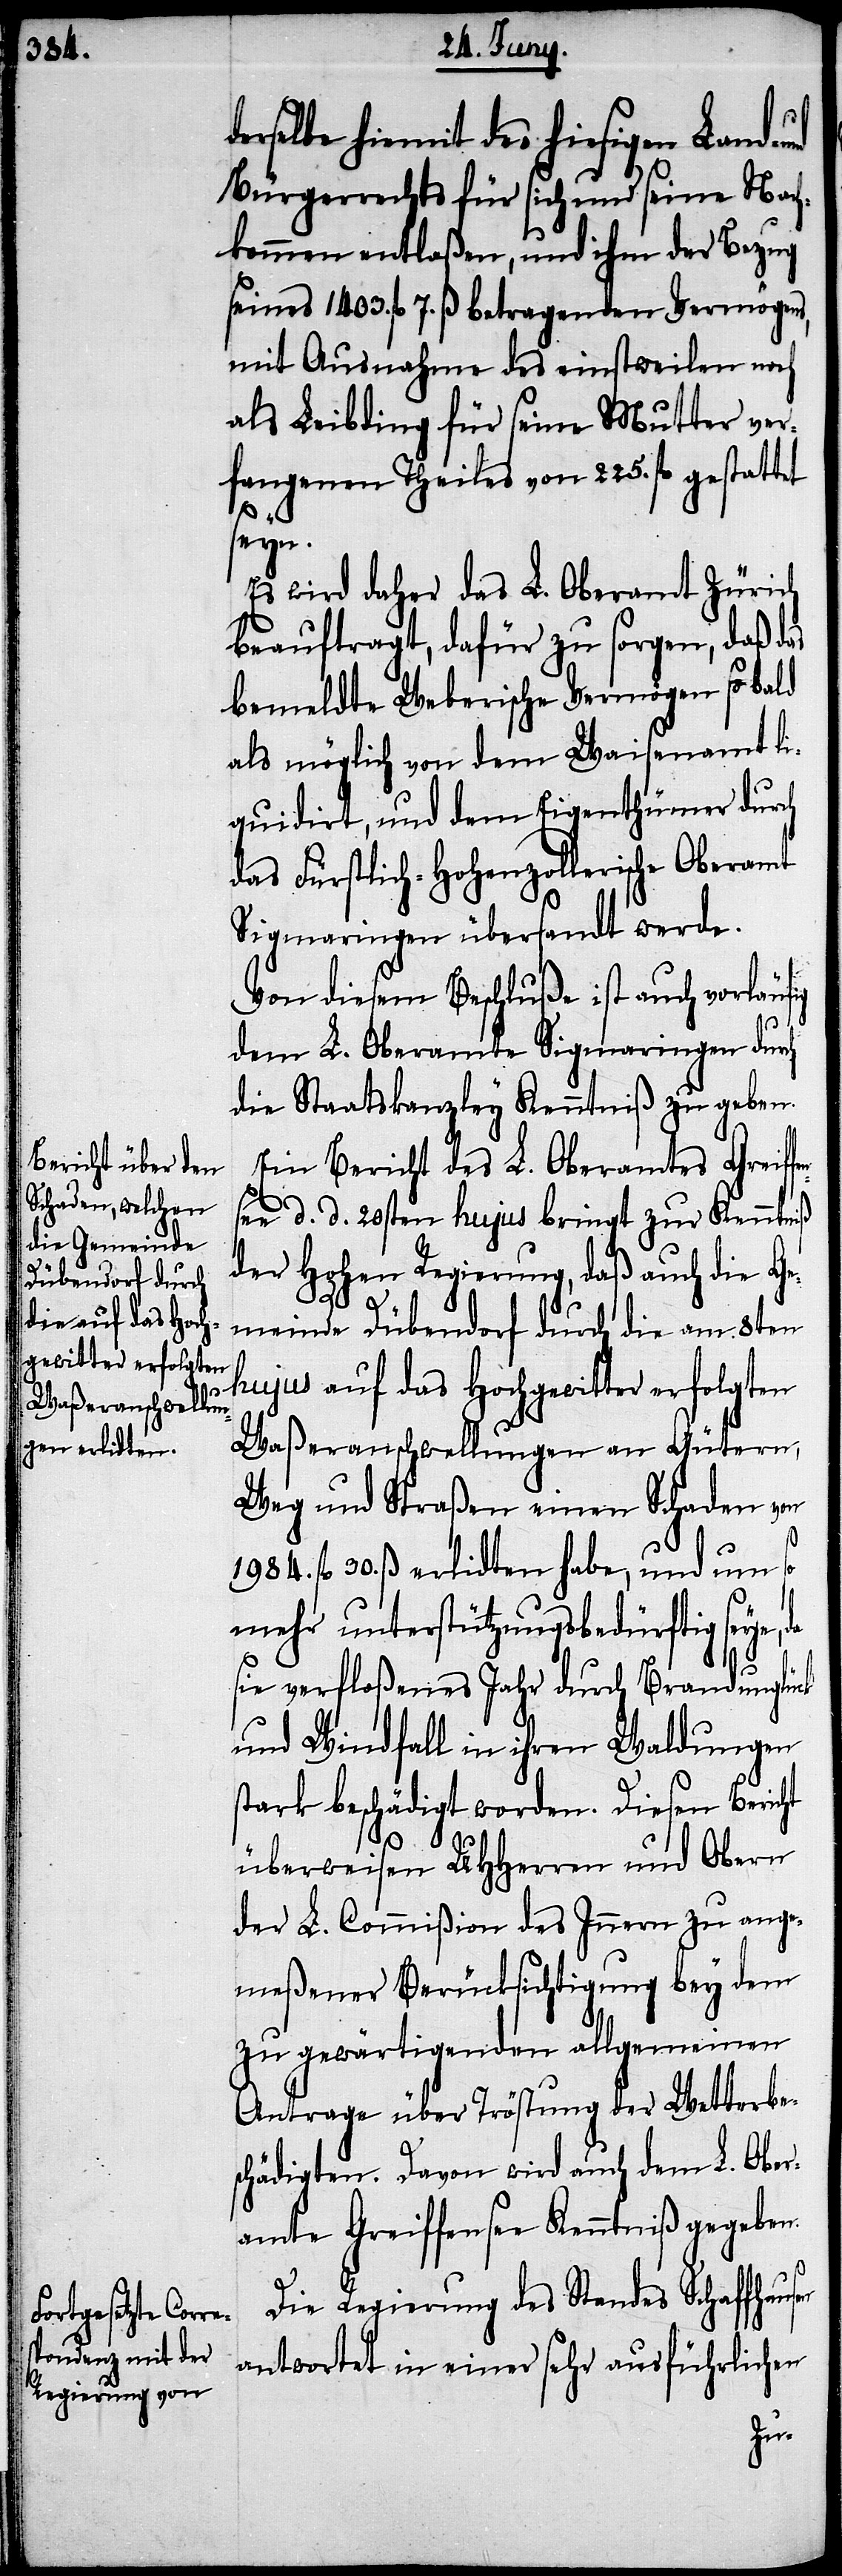
derselbe hiemit des hiesigen Land- und
Bürgerrechts für sich und seine Nach¬
kommen entlaßen, und ihm der Bezug
seines 1403. fl. 7. ß betragenden Vermögens,
mit Ausnahme des einstweilen noch
als Leibding für seine Mutter ver¬
fangenen Theiles von 225. fl. gestattet
seyn.
Es wird daher das L. Oberamt Zürich
beauftragt, dafür zu sorgen, daß das
bemeldte Weberische Vermögen so bald
als möglich von dem Waisenamt li¬
quidirt, und dem Eigenthümer durch
das Fürstlich-Hohenzollerische Oberamt
Sigmaringen übersandt werde.
Von diesem Beschluße ist auch vorläu¬
dem L. Oberamte Sigmaringen durch
die Staatskanzley Kenntniß zu geben.
Ein Bericht des L. Oberamtes Greif¬
see d. d. 20sten hujus bringt zur Kenntniß
der Hohen Regierung, daß auch die Ge¬
meinde Dübendorf durch die am 8ten
hujus auf das Hochgewitter erfolgten
Waßeranschwellungen an Gütern,
Weg und Straßen einen Schaden von
1984. fl. 30. ß erlidten habe, und um so
mehr unterstützungsbedürftig seye,
sie verfloßenes Jahr durch Brandunglück
und Windfall in ihren Waldungen
stark beschädigt worden. Diesen Bericht
überweisen UHHerren und Obern
der L. Commißion des Innern zu ange¬
meßener Berücksichtigung bey dem
zu gewärtigenden allgemeinen
Antrage über Tröstung der Wetterbe¬
schädigten, Davon wird auch dem L. Ober¬
amte Greiffensee Kenntniß gegeben.
Die Regierung des Standes Schaffhau¬
antwortet in einer sehr ausführlichen
sen